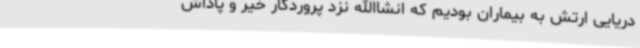
دریایی ارتش به بیماران بودیم که انشاالله نزد پروردگار خیر و پاداش